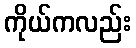
ကိုယ်ကလည်း